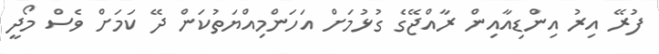
ފުރޭ އިރު އިންޑިއާއިން ރާއްޖޭގެ ގުޅުމަށް އަހަންމިއްޔަތުކަން ދޭ ކަމަށް ވެސް މޯދީ